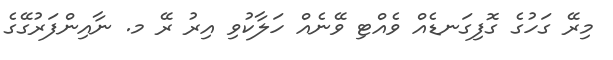
މިރޭ ގަހުގެ ގޮފިގަނޑެއް ވެއްޓި ވޭނެއް ހަލާކުވި އިރު ރޭ މ. ނާއިންފަރުގޭގެ